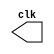
module clock_generator (output reg clk);
    initial clk <= 0;
    always #5 clk <= (!clk);
endmodule